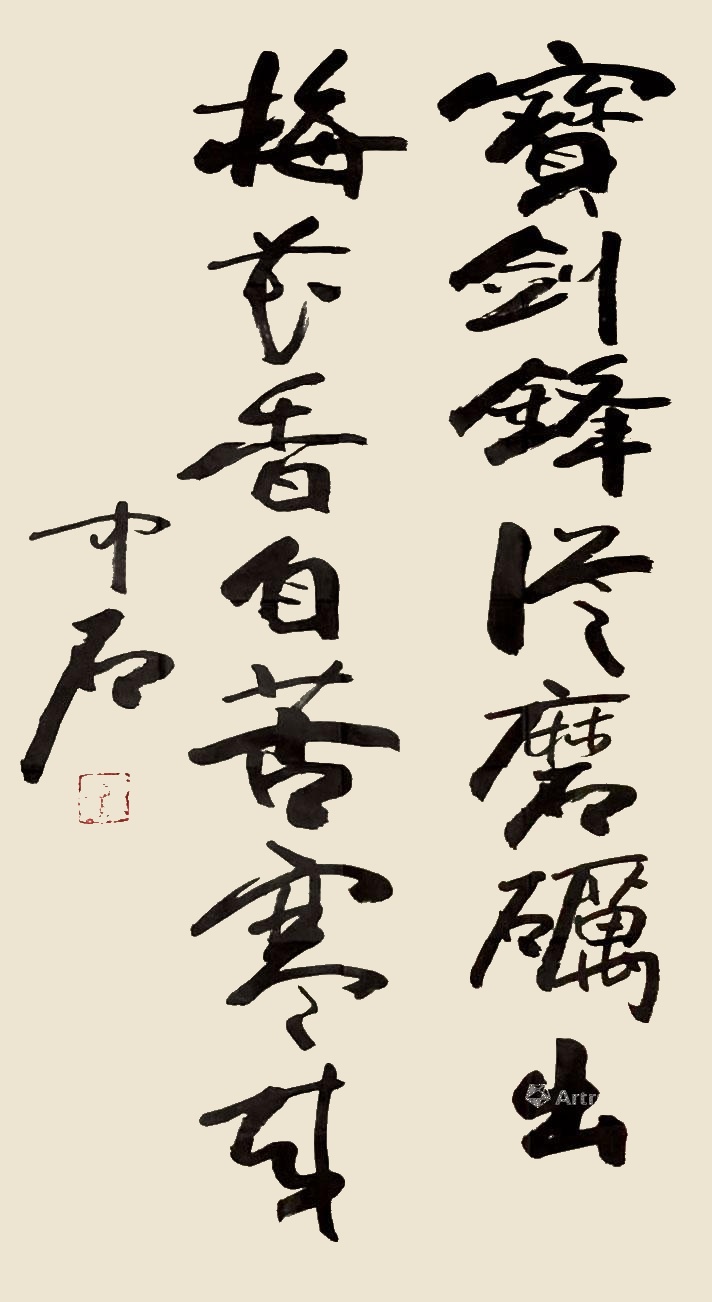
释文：宝剑锋从磨砺出，梅花香自苦寒来。中石。